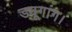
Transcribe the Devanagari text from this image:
ड्यूगांग।